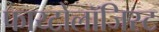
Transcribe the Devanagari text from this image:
फाय्टोलॉजिस्ट